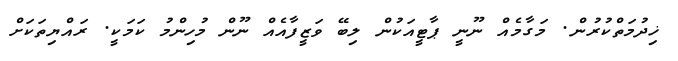
ޚިދުމަތްކުރުން. މަގާމެއް ނޫނީ ޕާޓީއަކުން ލިބޭ ވަޒީފާއެއް ނޫން މުހިންމު ކަމަކީ. ރައްޔިތަކަށް